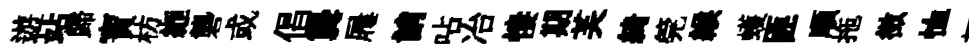
遊站歸寶枋縆礱或倡龔屨誚呫冶悽期芙綺筦緱蠖匪順拖徴恤灰